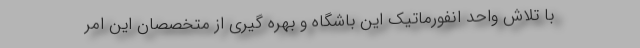
با تلاش واحد انفورماتیک این باشگاه و بهره گیری از متخصصان این امر